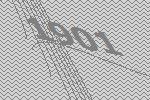
1901